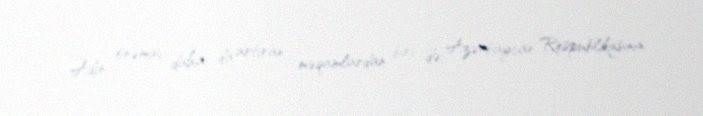
Adın önəmini daha da artıran məqamlardan biri də, Azərbaycan Respublikasının